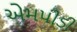
એમપીડી